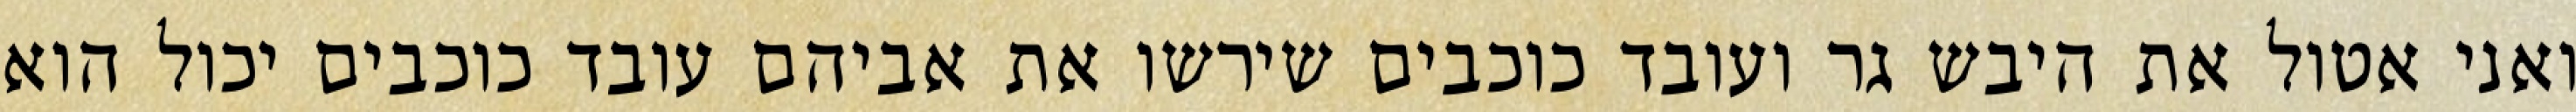
ואני אטול את היבש גר ועובד כוכבים שירשו את אביהם עובד כוכבים יכול הוא